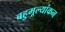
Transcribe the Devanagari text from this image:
बहुमूल्यांकन